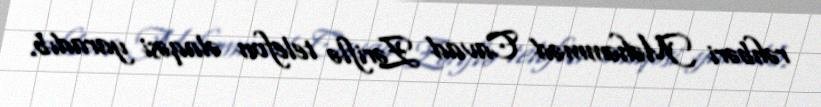
rəhbəri Məhəmməd Cavad Zəriflə telefon əlaqəsi yaradıb.